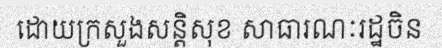
ដោយក្រសួងសន្តិសុខ សាធារណៈរដ្ឋចិន